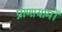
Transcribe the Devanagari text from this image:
प्राणायामों